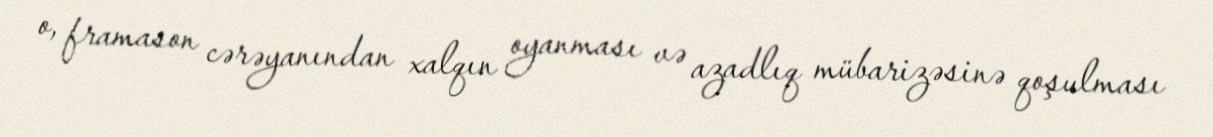
o, framason cərəyanından xalqın oyanması və azadlıq mübarizəsinə qoşulması